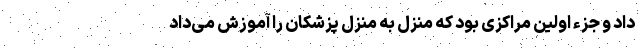
داد و جزء اولین مراکزی بود که منزل به منزل پزشکان را آموزش می‌داد